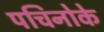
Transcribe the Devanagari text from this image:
पचिनोके